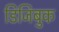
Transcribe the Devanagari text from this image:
डिजिबुक